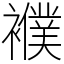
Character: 襥